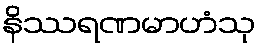
နိဿရဏမာဟံသု